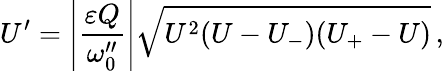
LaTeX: U^{\prime}=\left\vert\frac{\varepsilon Q}{\omega_{0}^{\prime\prime}}\right\vert\sqrt{U^{2}(U-U_{-})(U_{+}-U)}\, ,